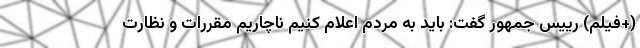
(+فیلم) رییس جمهور گفت: باید به مردم اعلام کنیم ناچاریم مقررات و نظارت